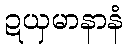
ဍယှမာနာနံ